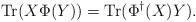
LaTeX: \begin{align*} \mathrm{Tr}(X\Phi(Y)) = \mathrm{Tr}(\Phi^{\dagger}(X)Y).\end{align*}